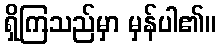
ရှိကြသည်မှာ မှန်ပါ၏။